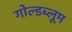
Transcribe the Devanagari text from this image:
गोल्डब्लूम